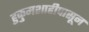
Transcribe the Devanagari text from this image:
हुकुमशाहीपासून